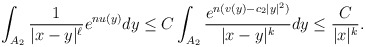
\begin{align*}\int_{A_2}\frac{1}{|x-y|^\ell}e^{nu(y)}dy\leq C\int_{A_2}\frac{e^{n(v(y)-c_2|y|^2)}}{|x-y|^k}dy\leq \frac{C}{|x|^k}.\end{align*}